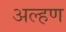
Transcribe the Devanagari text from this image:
अल्हण